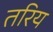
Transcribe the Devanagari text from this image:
तरिय